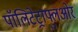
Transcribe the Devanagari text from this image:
पॉलिटेट्राफ्लुओर